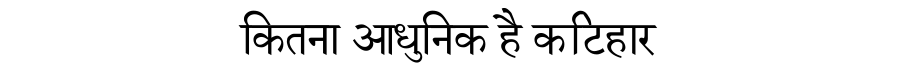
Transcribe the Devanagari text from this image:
कितना आधुनिक है कटिहार